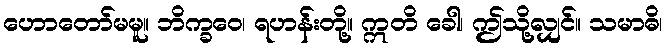
ဟောတော်မမူ။ ဘိက္ခဝေ၊ ရဟန်းတို့။ ဣတိ ခေါ၊ ဤသို့လျှင်။ သမာဓိ၊